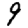
Digit: 9